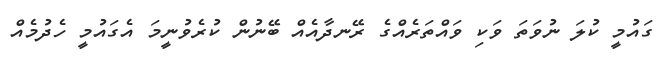
ގައުމީ ކުލަ ނުވަތަ ވަކި ވައްތަރެއްގެ ރޭނދާއެއް ބޭނުން ކުރެވުނީމަ އެގައުމީ ހެދުމެއް